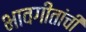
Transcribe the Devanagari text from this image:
भावगीतांची